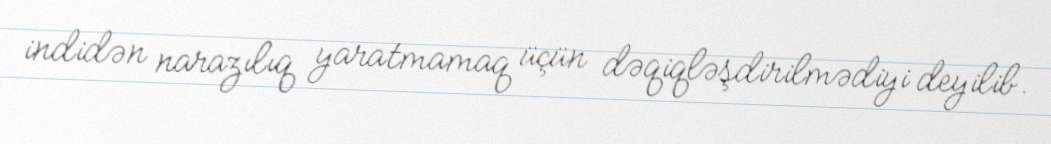
indidən narazılıq yaratmamaq üçün dəqiqləşdirilmədiyi deyilib.